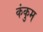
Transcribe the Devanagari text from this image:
कंकुम